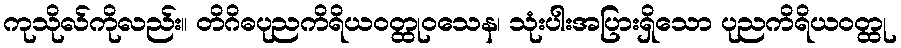
ကုသိုလ်ကိုလည်း။ တိဂိဓပုညကိရိယဝတ္ထုဝသေန၊ သုံးပါးအပြားရှိသော ပုညကိရိယဝတ္ထု